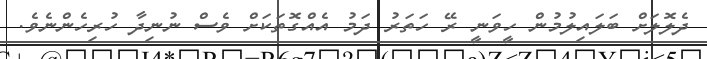
ދެލޮލަށް ބަލައިލުމުން ހީވަނީ ރޭ ހަތަރު ދަމު އެއްގޮތަކަށް ވެސް ނުނިދާ ހުރިހެންނެވެ.